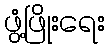
ဖွံ့ဖြိုးရေး